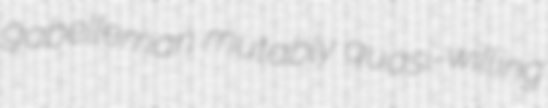
gabelleman mutably quasi-willing